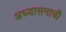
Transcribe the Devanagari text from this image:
अध्यासनाची